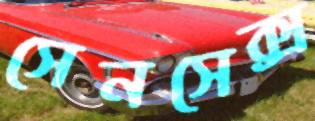
সেনসেক্স